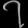
Digit: ၇